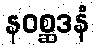
နဝစ္ဆဒနံ